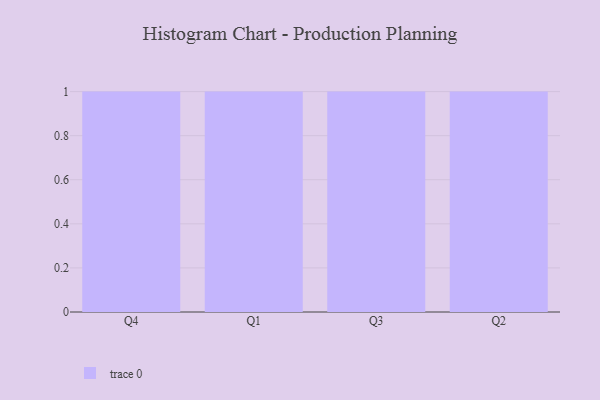
{"axis": {"x": "Quarter", "y": "Active Users"}, "legend": [""], "data": [{"x": "Q4", "y": 56, "type": ""}, {"x": "Q1", "y": 20, "type": ""}, {"x": "Q3", "y": 3, "type": ""}, {"x": "Q2", "y": 21, "type": ""}]}